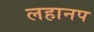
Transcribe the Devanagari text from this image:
लहानप